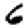
Digit: 6